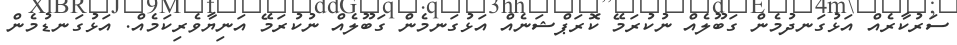
ސަރުކާރެއް އަޅުގަނދުމެން ގަބޫލެއް ނުކުރަމޭ ކޮރަޕްޝަނެއް އަޅުގަނމެން ގަބޫލެއް ނުކުރަމޭ އަނިޔާވެރިކަމެއް. އަޅުގަނޑުމެން